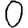
Digit: 0